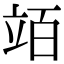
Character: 竡